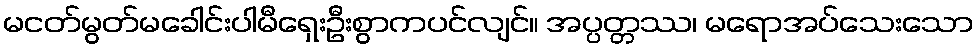
မငတ်မွတ်မခေါင်းပါမီရှေးဦးစွာကပင်လျင်။ အပ္ပတ္တဿ၊ မရောအပ်သေးသော